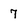
Character: 7